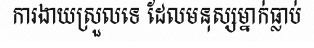
ការងាយស្រួលទេ ដែលមនុស្សម្នាក់ធ្លាប់